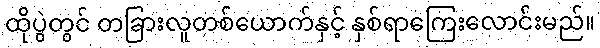
ထိုပွဲတွင် တခြားလူတစ်ယောက်နှင့် နှစ်ရာကြေးလောင်းမည်။